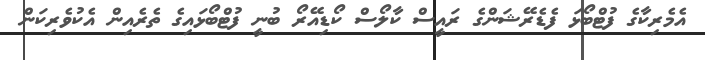
އެމެރިކާގެ ފުޓްބޯޅަ ފެޑެރޭޝަންގެ ރައީސް ކާލޯސް ކޯޑިއޭރޯ ބުނީ ފުޓްބޯޅައިގެ ތެރެއިން އެކުވެރިކަން